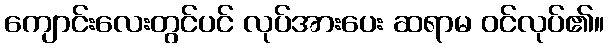
ကျောင်းလေးတွင်ပင် လုပ်အားပေး ဆရာမ ဝင်လုပ်၏။